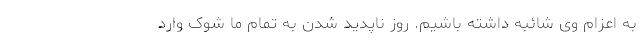
به اعزام وی شائبه داشته باشیم. روز ناپدید شدن به تمام ما شوک وارد